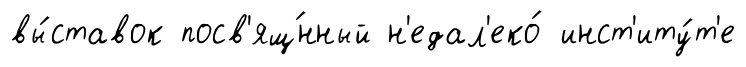
вы́ставок посв'ящ́нный н'едал'еко́ инст'иту́т'е